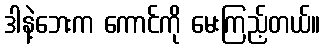
ဒါနဲ့ဘေးက ကောင်ကို မေးကြည့်တယ်။